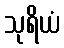
သုရိယံ